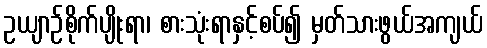
ဥယျာဉ်စိုက်ပျိုးရာ၊ စားသုံးရာနှင့်စပ်၍ မှတ်သားဖွယ်အကျယ်